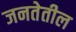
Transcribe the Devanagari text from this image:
जनतेतील